Leaving Certificate Examination, 1912
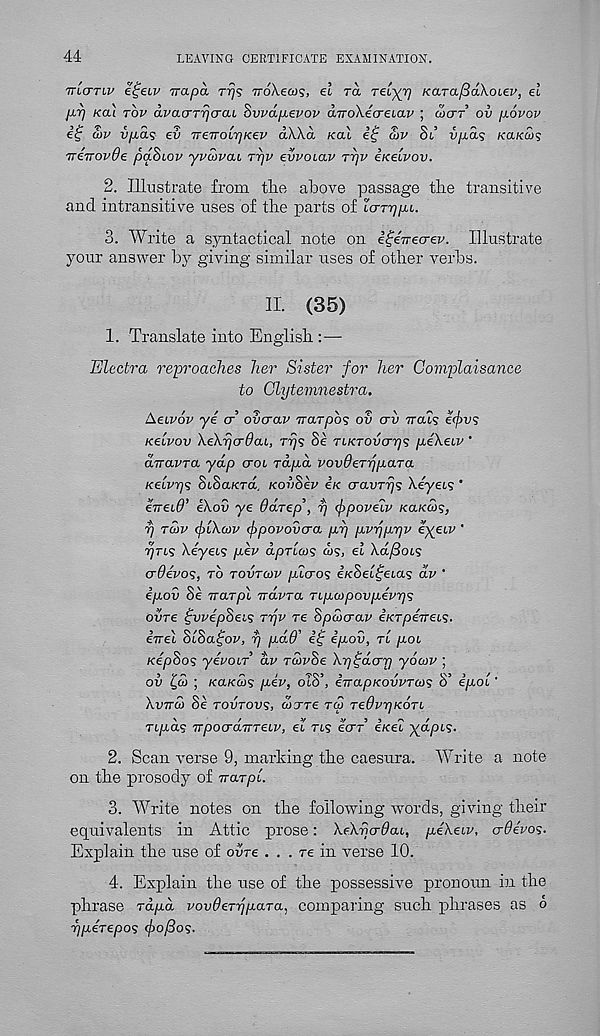
44
LEAVING CERTIFICATE EXAMINATION.
ttlcttiv e^eLV Trapa, rrj? vroXecog, el ra Tel^Tj KarafiaXoiev, el
p-rj kou. tov avacrTri<TaL Bwap-evov a.TroXecrei<xv ; wcrr’ ov p.6vov
£>v vpag ev TreTTOLrjKev aXXa kolI
S)v Sl’ vp.ag KaKU>g
ireTTOvOe paScov yvoivcu rrjv evvoiaw rpv iKeCvov.
2. Illustrate from the above passage the transitive
and intransitive uses of the parts of larriqp.i.
3. Write a syntactical note on igerrecrev. Illustrate
your answer by giving similar uses of other verbs.
II. (35)
1. Translate into English :—-
Electro, reproaches her Sister for her Complaisance
to Clytemnestra.
Aeivov ye cr’ ovcrav irarpog ov ai) ttcus e(f>vg
Kelvov XeXrjo-Ocu, ryg Se TiKTOvcrr/s p,eXeiv'
auavra yap croi ra/xd vovOerypaTa
Kelvyg StSa/crd. KovSev Ik oravrrjg Xeyet? *
eTreih’ iXov ye Odrep', rj (fpoveiv KaKcog,
rj tcov (flXcjv (fpovovcra p,rj pvrjppv eyeiv '
prig Xeyetg per dprlaig cog, el Xafiocg
crOevog, to tovtcov pdcrog e/cSef^eia? dv '
epov Se Trarpl Trdvra Ttpcopovpevpg
ovre ^vvepSeig Trjv re Spdxjav e/crpeVets.
3
^ '/O’ 9>5 ^ /
€7T€L oioagov, rj [lau eg efjhov, tl [jlol
KepSog yevour dv rcovSe Xp^dcrp yocov ;
ov Id ; Kaiecdg pev, oIS’, errapKovvTcog S’ ipol'
Xvttco Se Tovrovg, wxre t<S reOvpkotl
Tipag TrpocrdiTTeiv, el rig ecrr ixei ydpig.
2. Scan verse 9, marking the caesura. Write a note-
on the prosody of Trarpl.
3. Write notes on the following words, giving their
equivalents in Attic prose: XeXjjcrdai, peXeiv, crdevog.
Explain the use of ovre ... re in verse 10.
4. Explain the use of the possessive pronoun in the
phrase rd/xd vovderijpaTa, comparing such phrases as o
yperepog cfofiog.